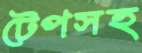
টেপসহ